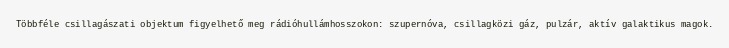
Többféle csillagászati objektum figyelhető meg rádióhullámhosszokon: szupernóva, csillagközi gáz, pulzár, aktív galaktikus magok.